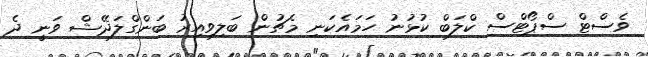
ވެސްޓް ސްޕޯޓްސް ކްލަބް ކުޅުނު ހަމައެކަނި މެޗުން ބަލިވިއިރު ބަންގްލަދޭޝް ވަނީ ދެ